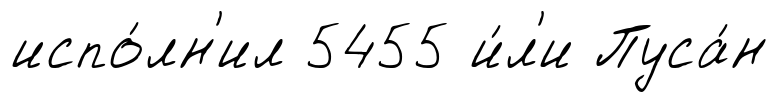
испо́лн'ил 5455 и́л'и Пуса́н